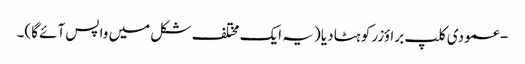
- عمودی کلپ براؤزر کو ہٹا دیا (یہ ایک مختلف شکل میں واپس آئے گا)۔